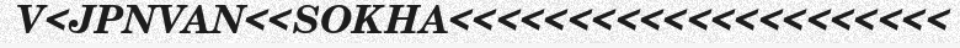
V<JPNVAN<<SOKHA<<<<<<<<<<<<<<<<<<<<<